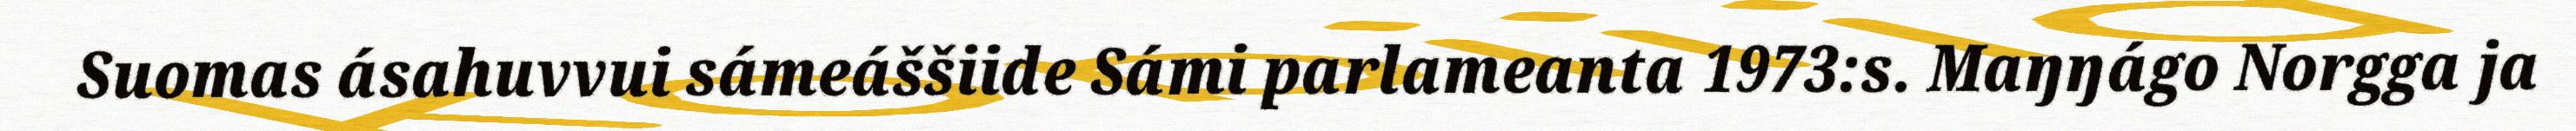
Suomas ásahuvvui sámeáššiide Sámi parlameanta 1973:s. Maŋŋágo Norgga ja